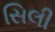
સિલી